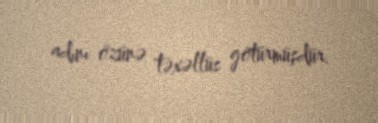
adını özünə təxəllüs götürmüşdür.